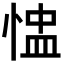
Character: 𢝈